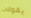
يقولان